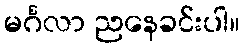
မင်္ဂလာ ညနေခင်းပါ။